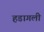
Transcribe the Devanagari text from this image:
हडागली